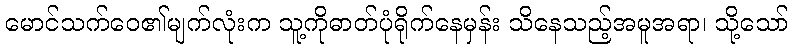
မောင်သက်ဝေ၏မျက်လုံးက သူ့ကိုဓာတ်ပုံရိုက်နေမှန်း သိနေသည့်အမူအရာ၊ သို့သော်